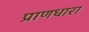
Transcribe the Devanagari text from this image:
प्राणधारा